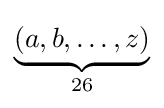
\textstyle \underbrace {(a,b,\ldots ,z)} _{26}